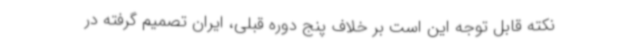
نکته قابل توجه این است بر خلاف پنج دوره قبلی، ایران تصمیم گرفته در